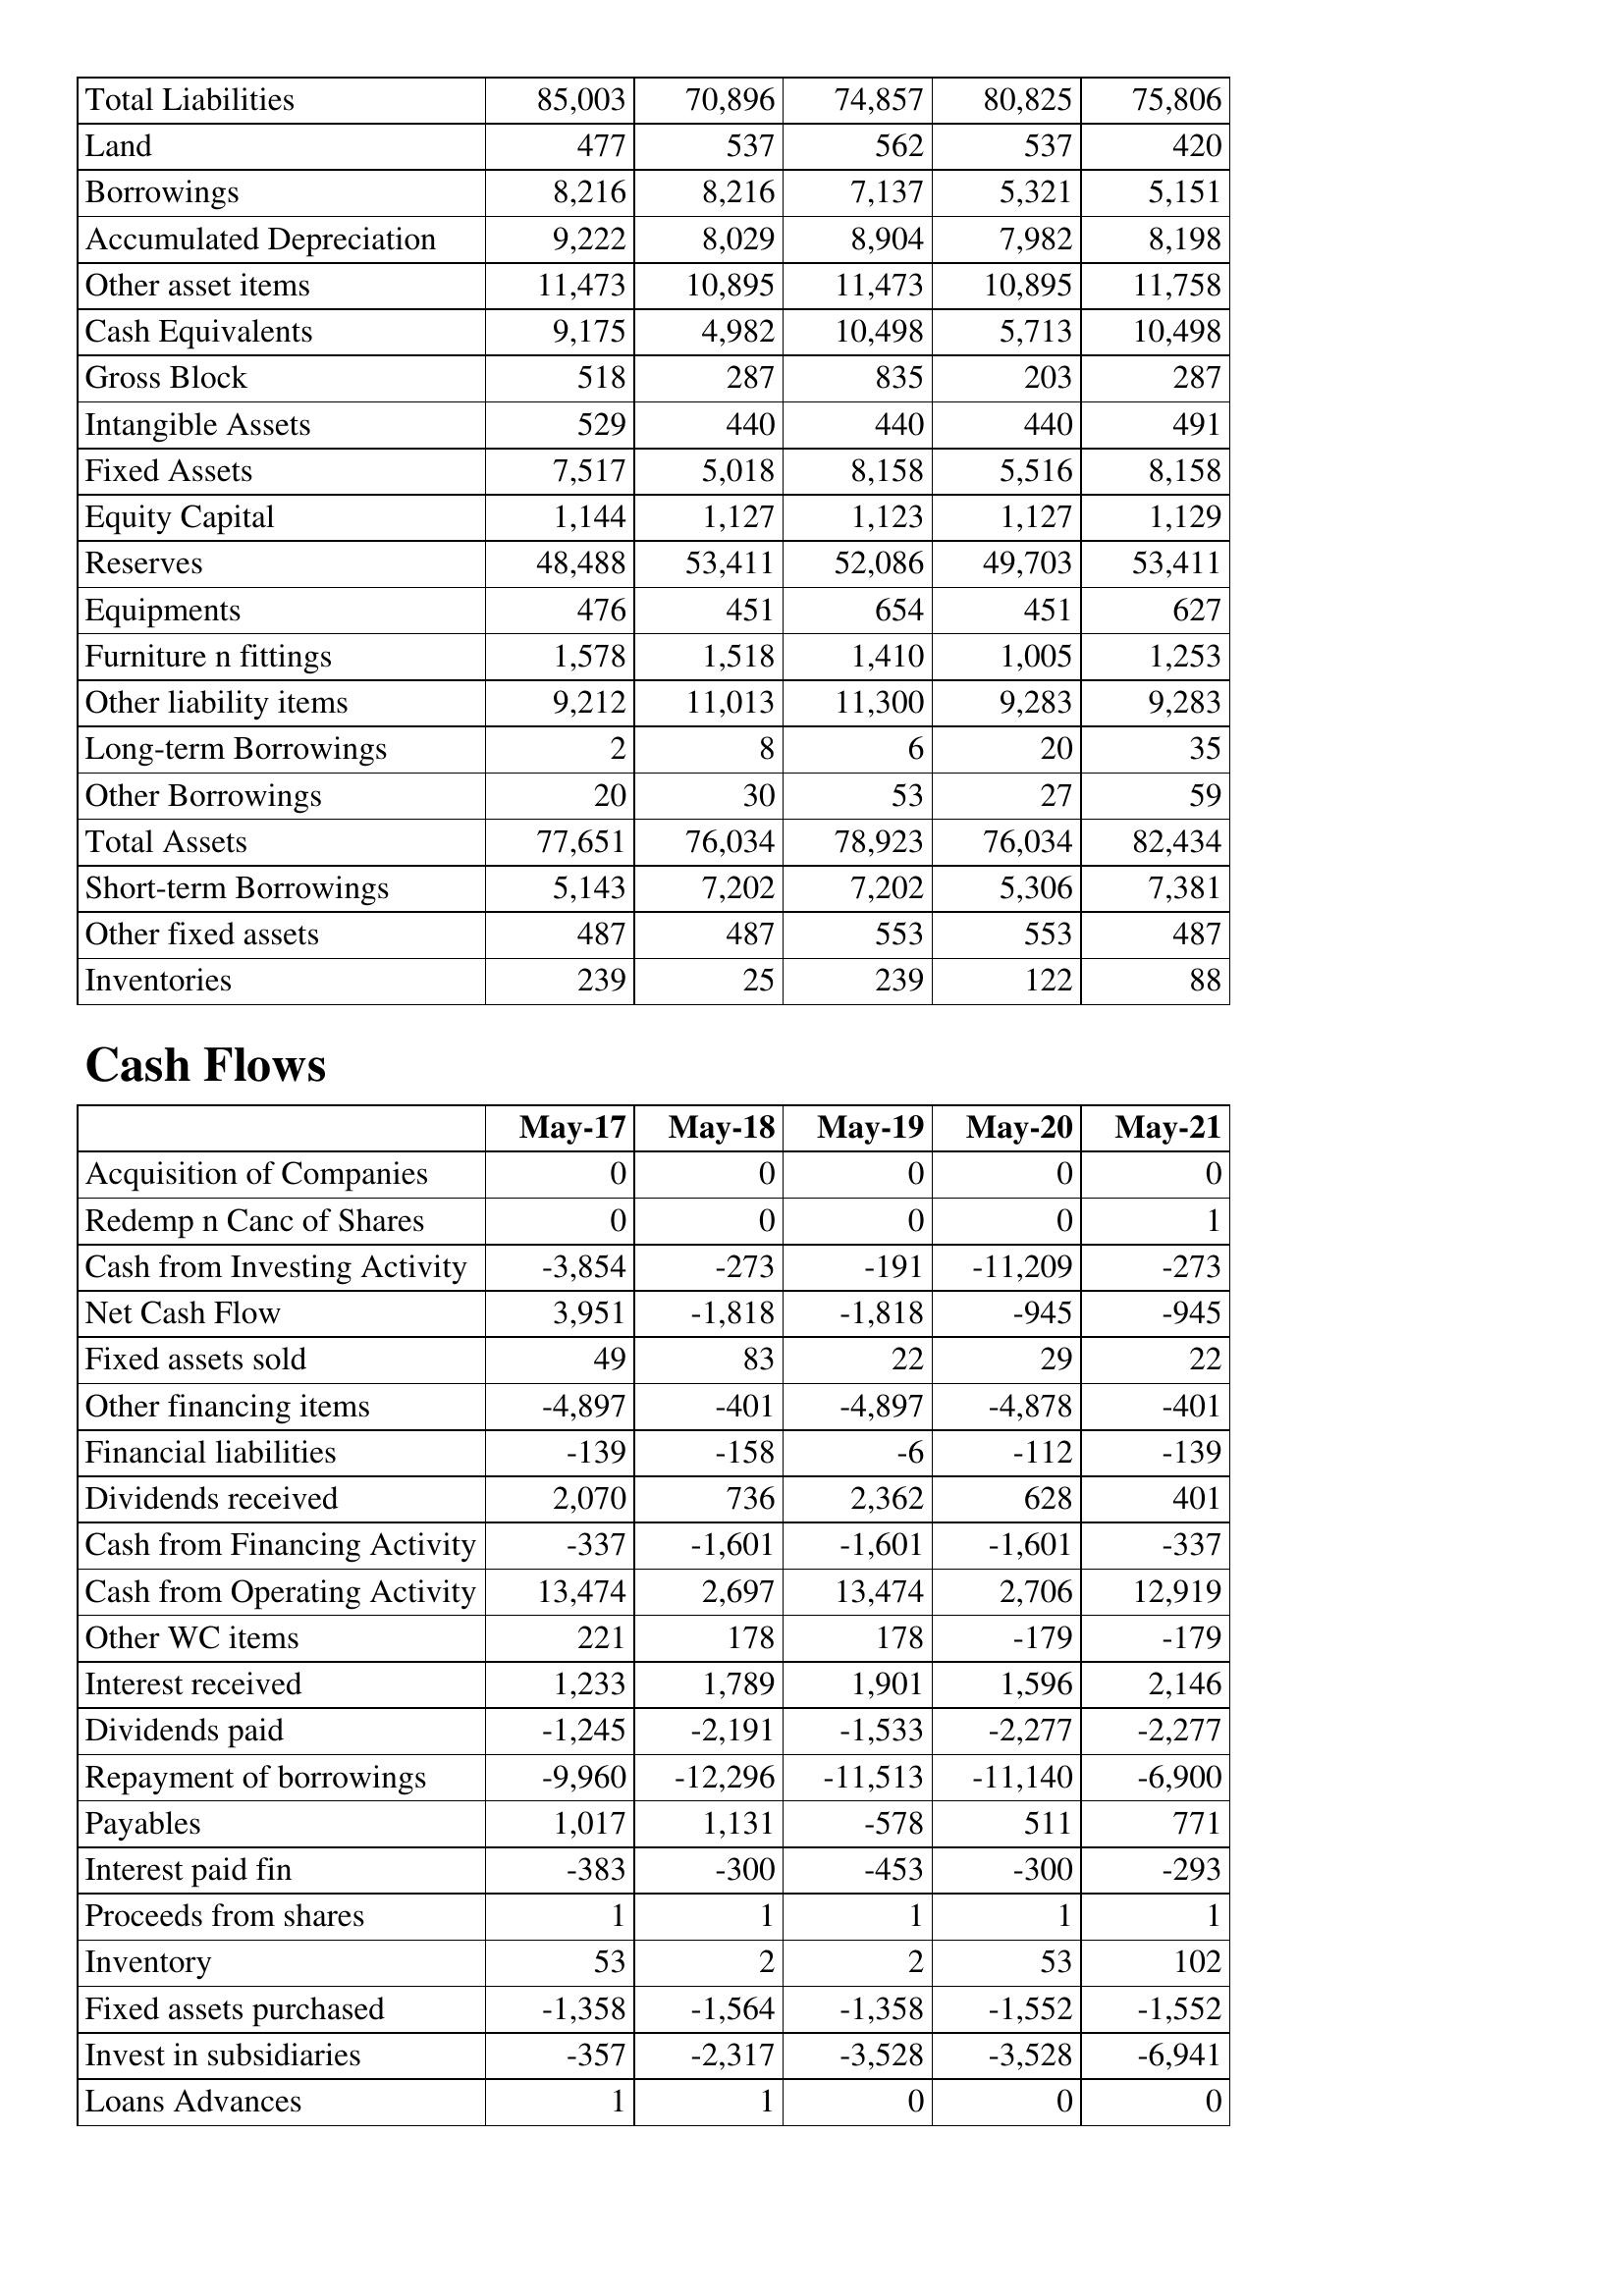
May-17: Balance Sheet: Total Liabilities: 85,003
Land: 477
Borrowings: 8,216
Accumulated Depreciation: 9,222
Other asset items: 11,473
Cash Equivalents: 9,175
Gross Block: 518
Intangible Assets: 529
Fixed Assets: 7,517
Equity Capital: 1,144
Reserves: 48,488
Equipments: 476
Furniture n fittings: 1,578
Other liability items: 9,212
Long-term Borrowings: 2
Other Borrowings: 20
Total Assets: 77,651
Short-term Borrowings: 5,143
Other fixed assets: 487
Inventories: 239
Cash Flows: Acquisition of Companies: 0
Redemp n Canc of Shares: 0
Cash from Investing Activity: -3,854
Net Cash Flow: 3,951
Fixed assets sold: 49
Other financing items: -4,897
Financial liabilities: -139
Dividends received: 2,070
Cash from Financing Activity: -337
Cash from Operating Activity: 13,474
Other WC items: 221
Interest received: 1,233
Dividends paid: -1,245
Repayment of borrowings: -9,960
Payables: 1,017
Interest paid fin: -383
Proceeds from shares: 1
Inventory: 53
Fixed assets purchased: -1,358
Invest in subsidiaries: -357
Loans Advances: 1
May-18: Balance Sheet: Total Liabilities: 70,896
Land: 537
Borrowings: 8,216
Accumulated Depreciation: 8,029
Other asset items: 10,895
Cash Equivalents: 4,982
Gross Block: 287
Intangible Assets: 440
Fixed Assets: 5,018
Equity Capital: 1,127
Reserves: 53,411
Equipments: 451
Furniture n fittings: 1,518
Other liability items: 11,013
Long-term Borrowings: 8
Other Borrowings: 30
Total Assets: 76,034
Short-term Borrowings: 7,202
Other fixed assets: 487
Inventories: 25
Cash Flows: Acquisition of Companies: 0
Redemp n Canc of Shares: 0
Cash from Investing Activity: -273
Net Cash Flow: -1,818
Fixed assets sold: 83
Other financing items: -401
Financial liabilities: -158
Dividends received: 736
Cash from Financing Activity: -1,601
Cash from Operating Activity: 2,697
Other WC items: 178
Interest received: 1,789
Dividends paid: -2,191
Repayment of borrowings: -12,296
Payables: 1,131
Interest paid fin: -300
Proceeds from shares: 1
Inventory: 2
Fixed assets purchased: -1,564
Invest in subsidiaries: -2,317
Loans Advances: 1
May-19: Balance Sheet: Total Liabilities: 74,857
Land: 562
Borrowings: 7,137
Accumulated Depreciation: 8,904
Other asset items: 11,473
Cash Equivalents: 10,498
Gross Block: 835
Intangible Assets: 440
Fixed Assets: 8,158
Equity Capital: 1,123
Reserves: 52,086
Equipments: 654
Furniture n fittings: 1,410
Other liability items: 11,300
Long-term Borrowings: 6
Other Borrowings: 53
Total Assets: 78,923
Short-term Borrowings: 7,202
Other fixed assets: 553
Inventories: 239
Cash Flows: Acquisition of Companies: 0
Redemp n Canc of Shares: 0
Cash from Investing Activity: -191
Net Cash Flow: -1,818
Fixed assets sold: 22
Other financing items: -4,897
Financial liabilities: -6
Dividends received: 2,362
Cash from Financing Activity: -1,601
Cash from Operating Activity: 13,474
Other WC items: 178
Interest received: 1,901
Dividends paid: -1,533
Repayment of borrowings: -11,513
Payables: -578
Interest paid fin: -453
Proceeds from shares: 1
Inventory: 2
Fixed assets purchased: -1,358
Invest in subsidiaries: -3,528
Loans Advances: 0
May-20: Balance Sheet: Total Liabilities: 80,825
Land: 537
Borrowings: 5,321
Accumulated Depreciation: 7,982
Other asset items: 10,895
Cash Equivalents: 5,713
Gross Block: 203
Intangible Assets: 440
Fixed Assets: 5,516
Equity Capital: 1,127
Reserves: 49,703
Equipments: 451
Furniture n fittings: 1,005
Other liability items: 9,283
Long-term Borrowings: 20
Other Borrowings: 27
Total Assets: 76,034
Short-term Borrowings: 5,306
Other fixed assets: 553
Inventories: 122
Cash Flows: Acquisition of Companies: 0
Redemp n Canc of Shares: 0
Cash from Investing Activity: -11,209
Net Cash Flow: -945
Fixed assets sold: 29
Other financing items: -4,878
Financial liabilities: -112
Dividends received: 628
Cash from Financing Activity: -1,601
Cash from Operating Activity: 2,706
Other WC items: -179
Interest received: 1,596
Dividends paid: -2,277
Repayment of borrowings: -11,140
Payables: 511
Interest paid fin: -300
Proceeds from shares: 1
Inventory: 53
Fixed assets purchased: -1,552
Invest in subsidiaries: -3,528
Loans Advances: 0
May-21: Balance Sheet: Total Liabilities: 75,806
Land: 420
Borrowings: 5,151
Accumulated Depreciation: 8,198
Other asset items: 11,758
Cash Equivalents: 10,498
Gross Block: 287
Intangible Assets: 491
Fixed Assets: 8,158
Equity Capital: 1,129
Reserves: 53,411
Equipments: 627
Furniture n fittings: 1,253
Other liability items: 9,283
Long-term Borrowings: 35
Other Borrowings: 59
Total Assets: 82,434
Short-term Borrowings: 7,381
Other fixed assets: 487
Inventories: 88
Cash Flows: Acquisition of Companies: 0
Redemp n Canc of Shares: 1
Cash from Investing Activity: -273
Net Cash Flow: -945
Fixed assets sold: 22
Other financing items: -401
Financial liabilities: -139
Dividends received: 401
Cash from Financing Activity: -337
Cash from Operating Activity: 12,919
Other WC items: -179
Interest received: 2,146
Dividends paid: -2,277
Repayment of borrowings: -6,900
Payables: 771
Interest paid fin: -293
Proceeds from shares: 1
Inventory: 102
Fixed assets purchased: -1,552
Invest in subsidiaries: -6,941
Loans Advances: 0